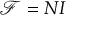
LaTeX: { \mathcal { F } } = N I